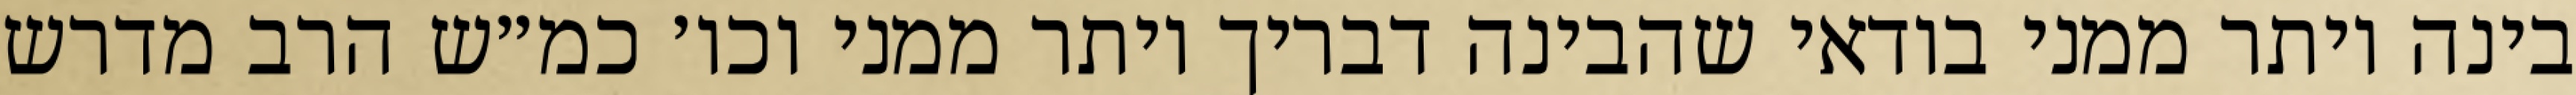
בינה יותר ממני בודאי שהבינה דבריך יותר ממני וכו׳ כמ״ש הרב מדרש